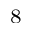
^ 8